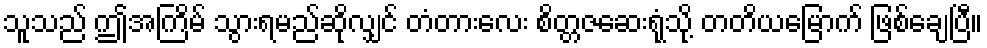
သူသည် ဤအကြိမ် သွားရမည်ဆိုလျှင် တံတားလေး စိတ္တဇဆေးရုံသို့ တတိယမြောက် ဖြစ်ချေပြီ။